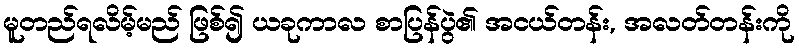
မူတည်ရလိမ့်မည် ဖြစ်၍ ယခုကာလ စာပြန်ပွဲ၏ အငယ်တန်း, အလတ်တန်းကို